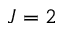
J = 2